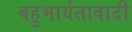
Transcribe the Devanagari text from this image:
बहुभार्यतावादी